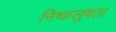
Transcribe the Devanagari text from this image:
निष्कलुषता